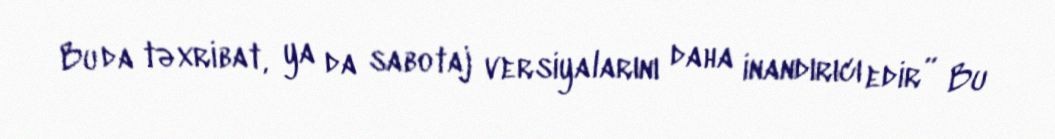
Bu da təxribat, ya da sabotaj versiyalarını daha inandırıcı edir” Bu